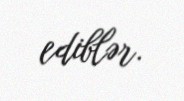
ediblər.